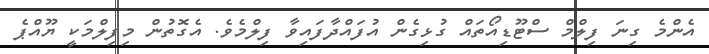
އެންމެ ގިނަ ފިލްމް ސްޓޫޑިއޯތައް ގުޅިގެން އުފައްދާފައިވާ ފިލްމެވެ. އެގޮތުން މިފިލްމަކީ ޔޫއްޕެ